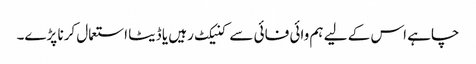
چاہے اس کے لیے ہم وائی فائی سے کنیکٹ رہیں یا ڈیٹا استعمال کرنا پڑے۔